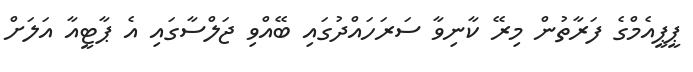
ޕީޕީއެމްގެ ފަރާތުން މިރޭ ކާނިވާ ސަރަހައްދުގައި ބޭއްވި ޖަލްސާގައި އެ ޕާޓީއާ އަލަށް